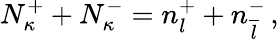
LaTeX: N_{\kappa}^{+}+N_{\kappa}^{-}=n_{l}^{+}+n_{\overline{{l}}}^{-}\, ,